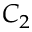
C _ { 2 }